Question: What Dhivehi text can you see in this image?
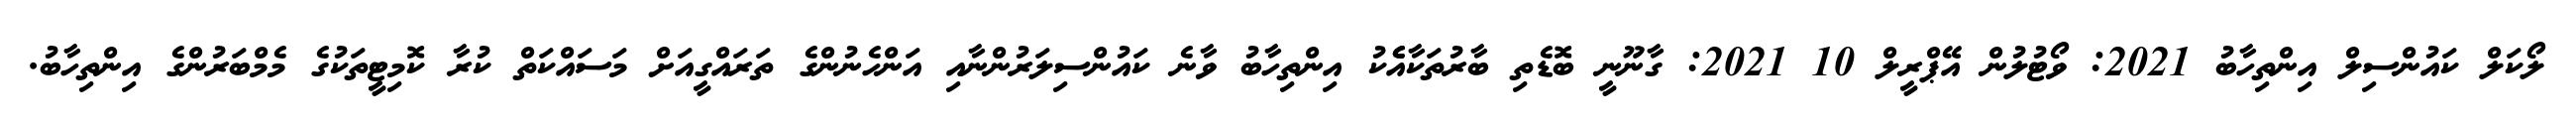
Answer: ލޯކަލް ކައުންސިލް އިންތިހާބު 2021: ވޯޓުލުން އޭޕްރީލް 10 2021: ގާނޫނީ ބޮޑެތި ބާރުތަކާއެެކު އިންތިހާބު ވާނެ ކައުންސިލަރުންނާއި އަންހެނުންގެ ތަރައްގީއަށް މަސައްކަތް ކުރާ ކޮމިޓީތަކުގެ މެމްބަރުންގެ އިންތިހާބު.